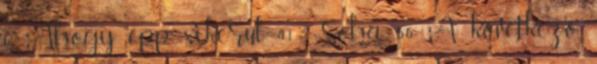
6 Ahogy épp sikerül 41 Soha 56 A következõ